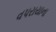
વપરાયાના